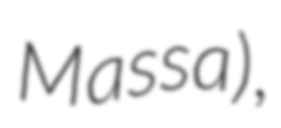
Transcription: Massa),